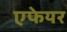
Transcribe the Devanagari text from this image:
एफेयर